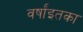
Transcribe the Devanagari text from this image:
वर्षांइतका